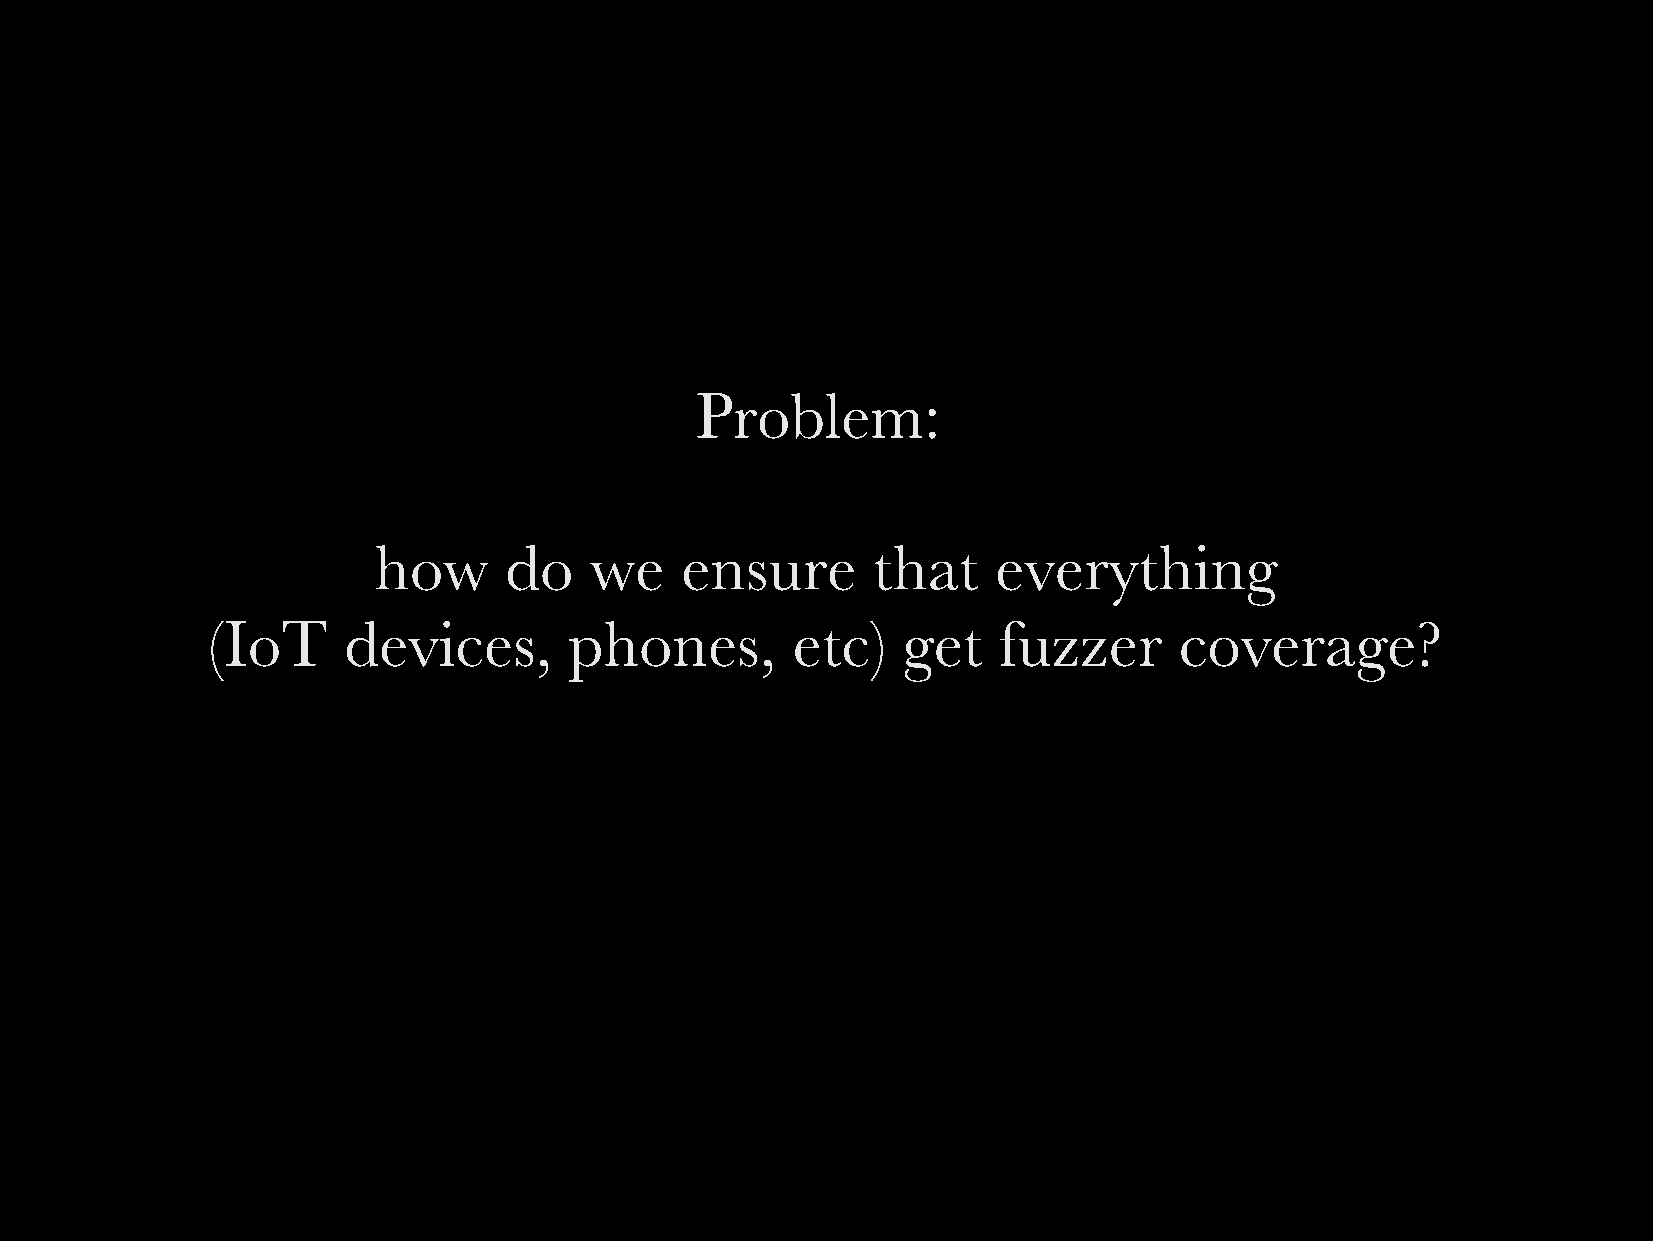
Problem:
 how     do    we    ensure       that    everything
 (IoT     devices,       phones,       etc)    get   fuzzer      coverage?